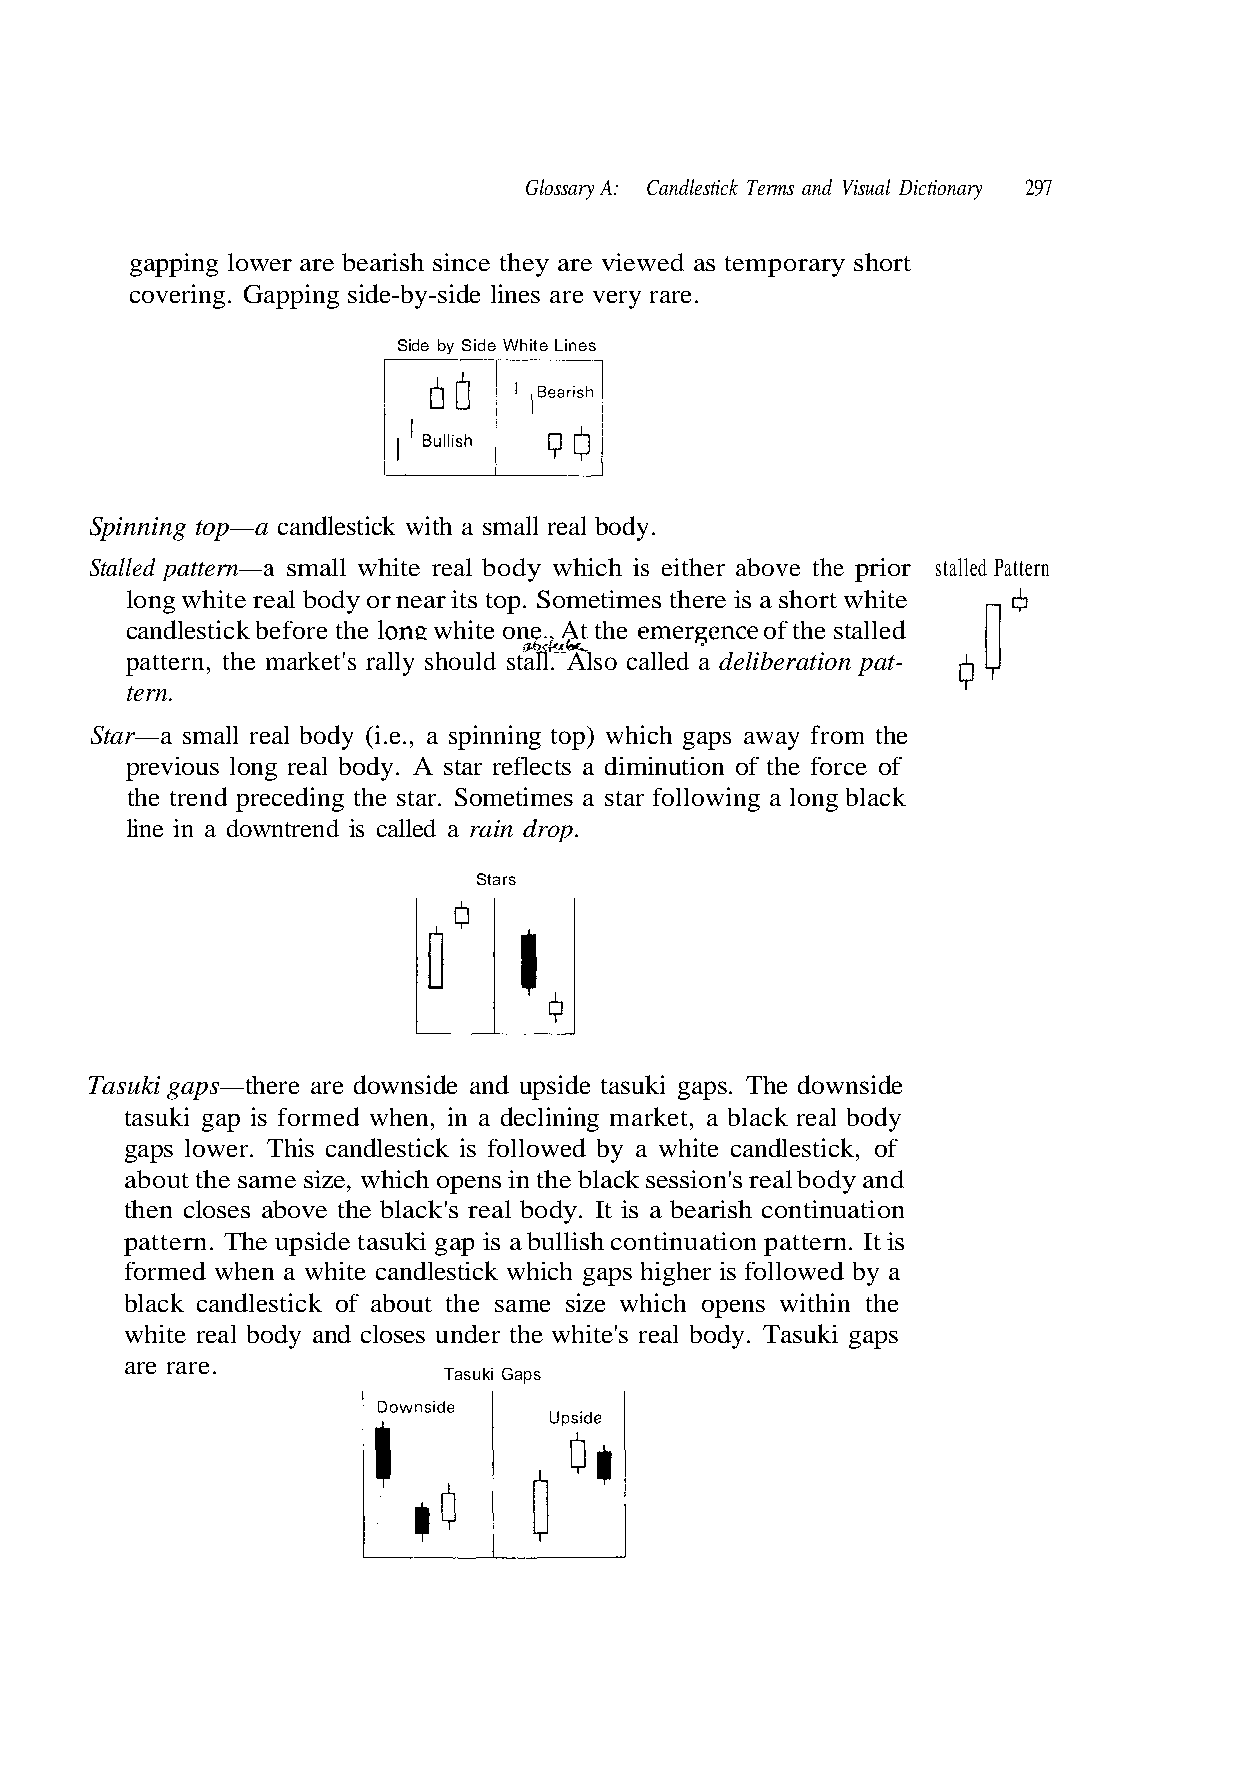
gapping lower are bearish since they are viewed as temporary short
 covering. Gapping side-by-side lines are very rare.
 Spinning top—a candlestick with a small real body.
 Stalled pattern—a small white real body wh iecihther apbroivoer stalled Pattern
 long white real body or near its top. Sometimes there is a short white
 emergence lone
 ffJoafarb**. °
 tern.
 Star—a small real body (i.e., a spinning top) which gaps away from the
 previous long real body. A star reflects a diminution of the force of
 the trend preceding the star. Sometimes a star following a long black
 line in a downtrend is called a rain drop.
 Stars
 Tasuki gaps—there are downside and upside tasuki gaps. The downside
 about the same size, which opens in the black session's real body and
 then closes above the black's real body. It is a bearish continuation
 pattern. The upside tasuki gap is a bullish continuation pattern. It is
 black candlestick of about the same size which opens within the
 white real body and closes under the white's real body. Tasuki gaps
 are rare.
 a y b d e w o l l o f s
 -
 i
 at
 r
 p
 e
 n
 h
 o
 g
 ati
 hi
 r e
 s
 b
 p
 eli
 a
 d
 g
 a
 h
 d
 c
 e
 i
 all
 wh
 c so
 k
 Al
 of
 c
 candlestick before the white one., At the of the stalled
 pattern, the market's rally should stall.
 tasuki gap is formed when, in a declining market, a black real body
 gaps lower. This candlestick is followed by a white candlestick,
 formed when a white candlesti
 297 Dictionary Visual and ms Candlestick Ter
 Side by Side White Lines
 Tasuki Gaps
 A: Glossary
 s i   e h t